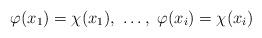
LaTeX: \begin{align*}\varphi(x_1) = \chi(x_1),\ \ldots,\ \varphi(x_i) = \chi(x_i) \end{align*}